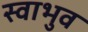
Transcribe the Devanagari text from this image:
स्वाभुव